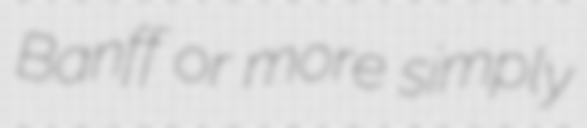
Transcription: Banff or more simply